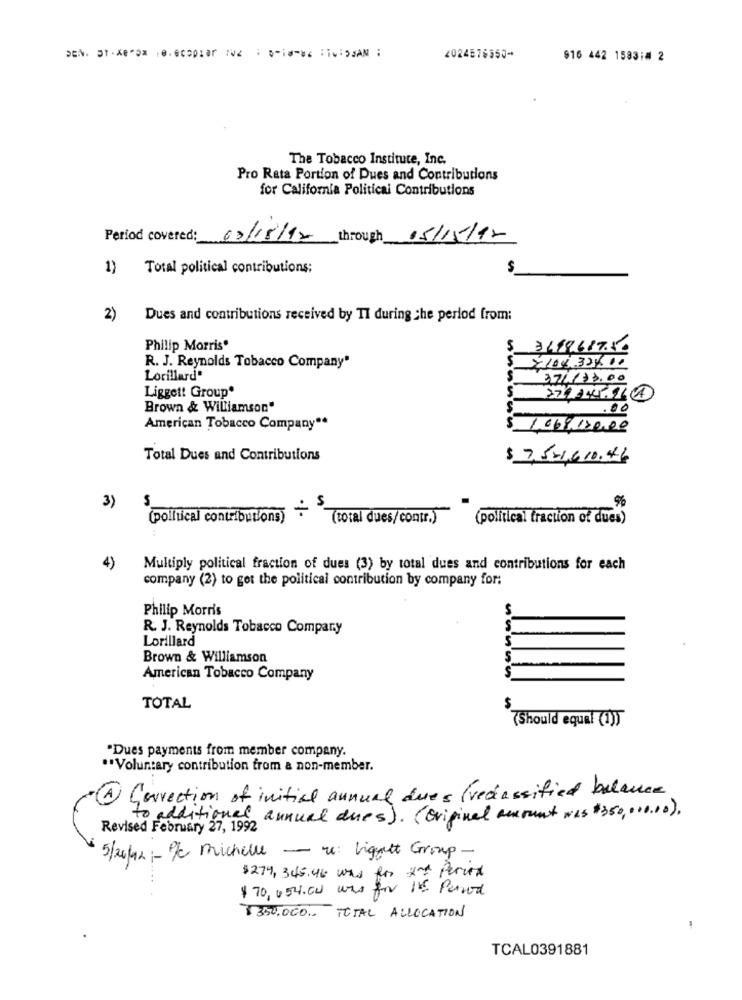
2024576350-
916 442 1593:4 2
The Tobacco Institute, Inc.
Pro Rata Portion of Dues and Contributions
for California Political Contributions
Period covered: 02/18/12
through 15/15/12
1) Total political contributions;
$
2)
Dues and contributions received by TI during the period from:
Philip Morris
$ 3698687.50
R. J. Reynolds Tobacco Company"
X104.33400
Lorillard"
$
37/133.00
Liggett Group*
S
Brown & Williamson"
S
.00
American Tobacco Company"*
$ 1068.120.00
Total Dues and Contributions
$ 7,521,610.46
S
3)
S
(political contributions)
(total dues/contr.)
(political fraction of dues)
4)
Multiply political fraction of dues (3) by total dues and contributions for each
company (2) to get the political contribution by company for:
Philip Morris
R. J. Reynolds Tobacco Company
Lorillard
5
Brown & Williamson
S
American Tobacco Company
TOTAL
(Should equal (1))
"Dues payments from member company.
** Voluntary contribution from a non-member.
A Correction of initial annual dues fredassified balance
to additional annual dues ) . ( Original amount was # 350, 000.00).
Revised February 27, 1992
5/20/42 :- /c michelle - re: ligget Group -
$274, 345.46 was for the Period
$ 70,054.00 was for IS. Pernod
$350.000 .. TOTAL ALLOCATION
TCAL0391881